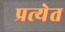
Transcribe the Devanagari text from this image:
प्रत्येत